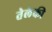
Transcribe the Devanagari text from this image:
तेलेकी